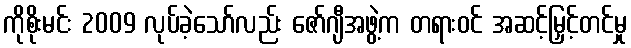
ကိုစိုးမင်း 2009 လုပ်ခဲ့သော်လည်း ဇော်ဂျီအဖွဲ့က တရားဝင် အဆင့်မြှင့်တင်မှု